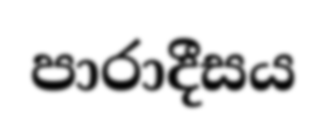
පාරාදීසය